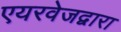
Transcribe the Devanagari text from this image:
एयरवेजद्वारा